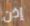
إذن